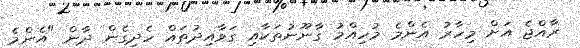
ރާއްޖެ އަށް މިހާރު އެންމެ މުހިއްމު ގާނޫނުތަކާއި ގަވާއިދުތައް ހެދިގެން ދާން "އެންމެ